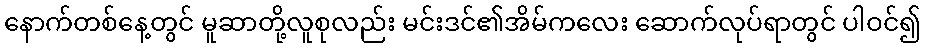
နောက်တစ်နေ့တွင် မူဆာတို့လူစုလည်း မင်းဒင်၏အိမ်ကလေး ဆောက်လုပ်ရာတွင် ပါဝင်၍